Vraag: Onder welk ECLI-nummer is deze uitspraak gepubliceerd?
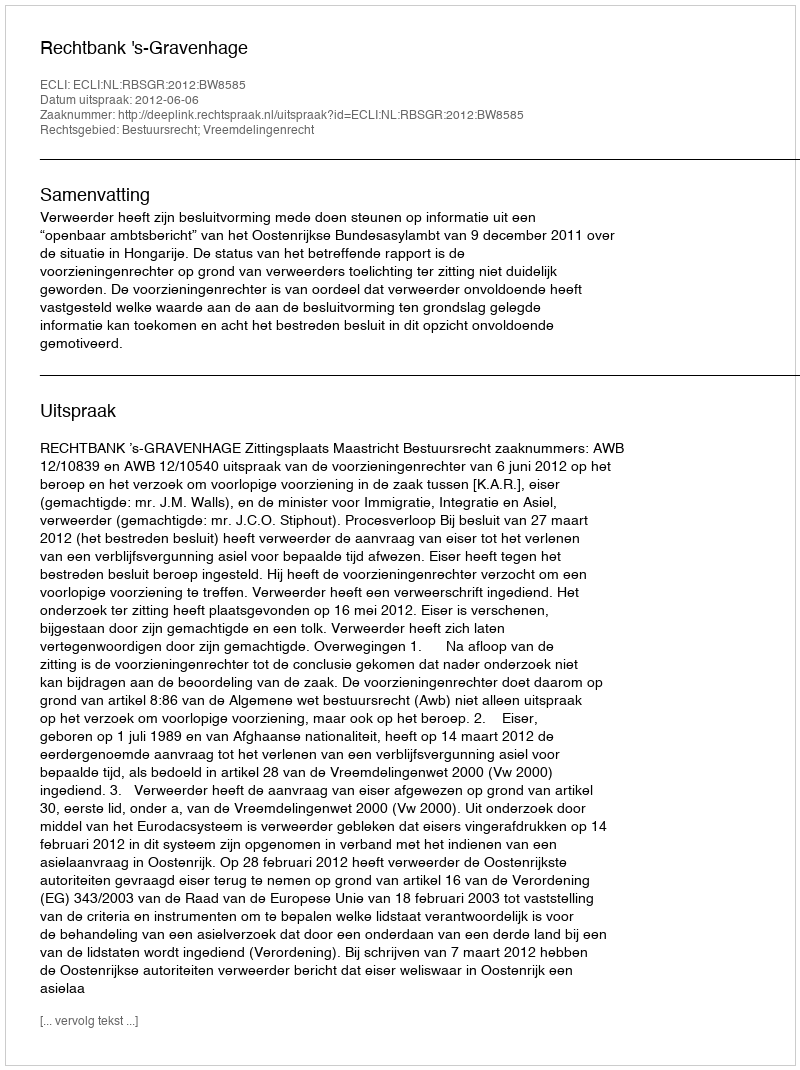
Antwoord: ECLI:NL:RBSGR:2012:BW8585